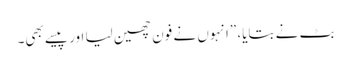
بٹ نے بتایا، ”انہوں نے فون چھین لیا اور پیسے بھی۔